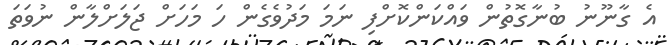
އެ ގާނޫނު ބުނާގޮތުން ވައްކަންކޮށްފި ނަމަ މަދުވެގެން ހަ މަހަށް ޖަލަށްލާން ނުވަތަ